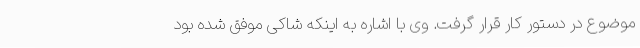
موضوع در دستور کار قرار گرفت. وی با اشاره به اینکه شاکی موفق شده بود